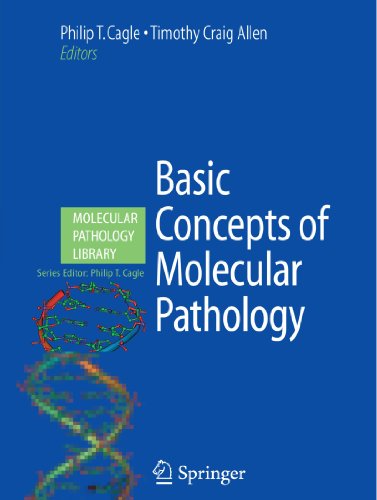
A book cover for Basic Concepts of Molecular Pathology (Molecular Pathology Library); Science & Math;